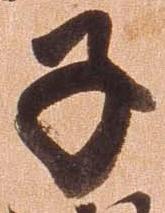
子